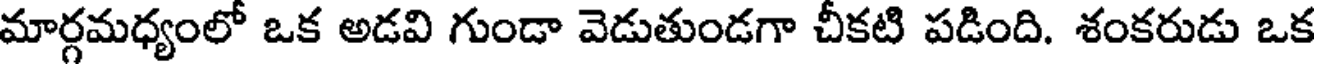
మార్గమధ్యంలో ఒక అడవి గుండా వెడుతుండగా చీకటి పడింది. శంకరుడు ఒక